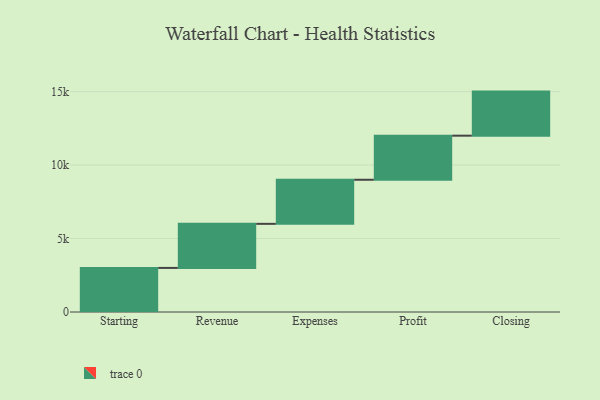
{"axis": {"x": "Step", "y": "Value"}, "legend": [""], "data": [{"x": "Starting", "y": 3000, "type": ""}, {"x": "Revenue", "y": 3000, "type": ""}, {"x": "Expenses", "y": 3000, "type": ""}, {"x": "Profit", "y": 3000, "type": ""}, {"x": "Closing", "y": 3000, "type": ""}]}